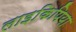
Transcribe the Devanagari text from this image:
लाइकिपिया